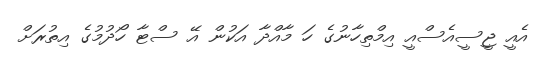
އެއީ ޖީސީއެސްއީ އިމްތިހާނުގެ ހަ މާއްދާ އަކުން އޭ ސްޓާ ހޯދުމުގެ އިތުރަށް